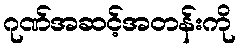
ဂုဏ်အဆင့်အတန်းကို